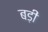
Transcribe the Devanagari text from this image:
बड़ीं